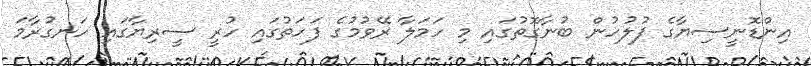
އިންޑޮނީސިޔާގެ ފުލުހުން ބުނާގޮތުގައި މި ހަމަލާ ރޭވުމުގެ ފަހަތުގައި ހުރީ ސީރިޔާގައި ހަނގުރާމަ